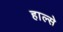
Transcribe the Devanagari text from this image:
हाल्से